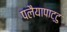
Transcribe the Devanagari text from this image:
पलैयापाट्टु